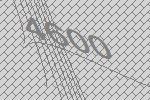
4600